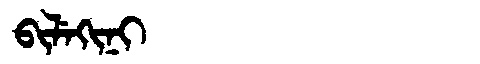
Manchu: ᠪᡳᠯᡝᡴᡳᠨᡳ
Romanization: BILEKINI